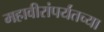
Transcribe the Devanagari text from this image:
महावीरांपर्यंतच्या